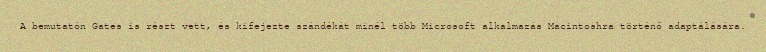
A bemutatón Gates is részt vett, és kifejezte szándékát minél több Microsoft alkalmazás Macintoshra történő adaptálására.